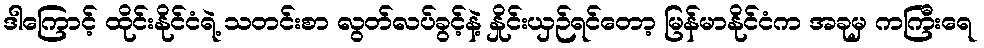
ဒါကြောင့် ထိုင်းနိုင်ငံရဲ့ သတင်းစာ လွတ်လပ်ခွင့်နဲ့ နှိုင်းယှဉ်ရင်တော့ မြန်မာနိုင်ငံက အခုမှ ကကြီးရေ